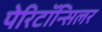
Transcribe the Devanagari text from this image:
पेरिटॉन्सिलर